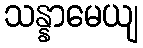
သန္နာမေယျ